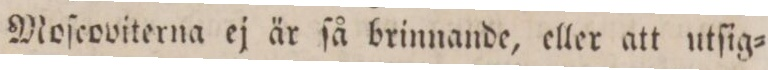
Moſcoviterna ej är ſå brinnande, eller att utſig=